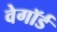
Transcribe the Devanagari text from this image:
वेगॉर्ड